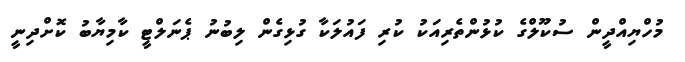
މުހްޔިއްދީން ސުކޫލްގެ ކުޅުންތެރިއަކު ކުރި ފައުލަކާ ގުޅިގެން ލިބުނު ޕެނަލްޓީ ކާމިޔާބު ކޮށްދިނީ